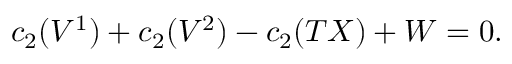
c _ { 2 } ( V ^ { 1 } ) + c _ { 2 } ( V ^ { 2 } ) - c _ { 2 } ( T X ) + W = 0 .